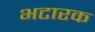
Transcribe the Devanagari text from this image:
भटारक